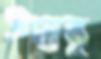
উদ্বাস্তু